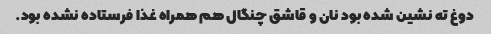
دوغ ته نشین شده بود نان و قاشق چنگال هم همراه غذا فرستاده نشده بود.